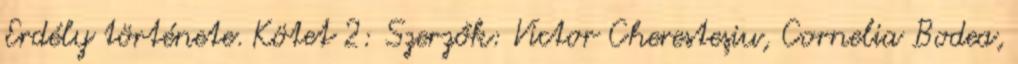
Erdély története. Kötet 2: Szerzők: Victor Cheresteşiu, Cornelia Bodea,